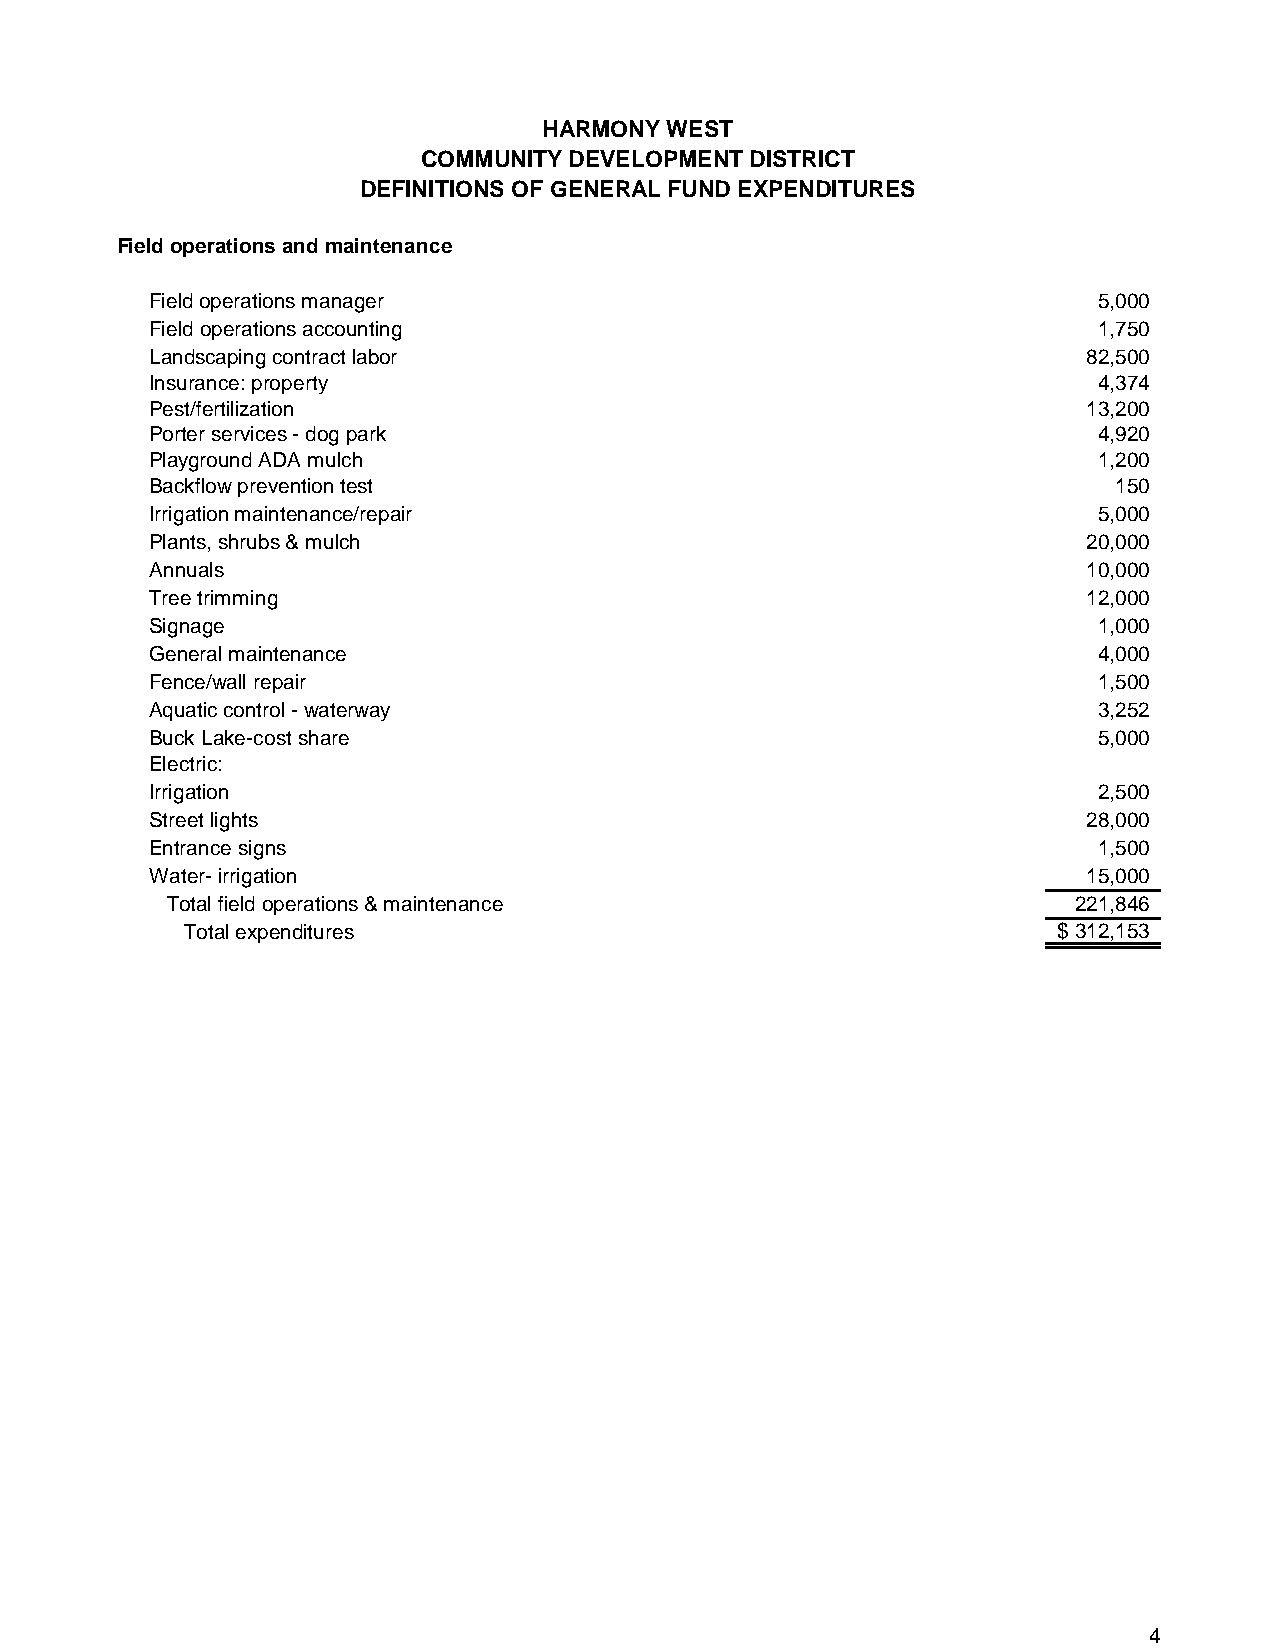
HARMONY WEST
 COMMUNITY DEVELOPMENT DISTRICT
 DEFINITIONS OF GENERAL FUND EXPENDITURES
 Field operations and maintenance
 Field operations manager                                       5,000
 Field operations accounting                                    1,750
 Landscaping contract labor                                    82,500
 Insurance: property                                            4,374
 Pest/fertilization                                            13,200
 Porter services - dog park                                     4,920
 Playground ADA mulch                                           1,200
 Backflow prevention test                                        150
 Irrigation maintenance/repair                                  5,000
 Plants, shrubs & mulch                                        20,000
 Annuals                                                       10,000
 Tree trimming                                                 12,000
 Signage                                                        1,000
 General maintenance                                            4,000
 Fence/wall repair                                              1,500
 Aquatic control - waterway                                     3,252
 Buck Lake-cost share                                           5,000
 Electric:
 Irrigation                                                     2,500
 Street lights                                                 28,000
 Entrance signs                                                 1,500
 Water- irrigation                                             15,000
 Total field operations & maintenance                        221,846
 Total expenditures                                        $ 312,153
 4